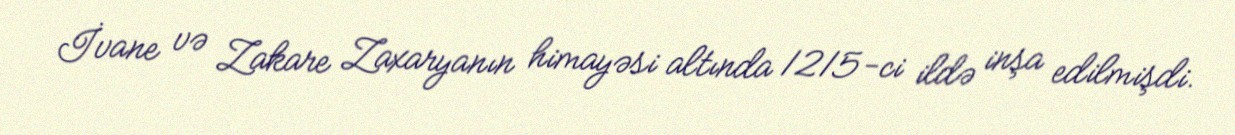
İvane və Zakare Zaxaryanın himayəsi altında 1215-ci ildə inşa edilmişdi.